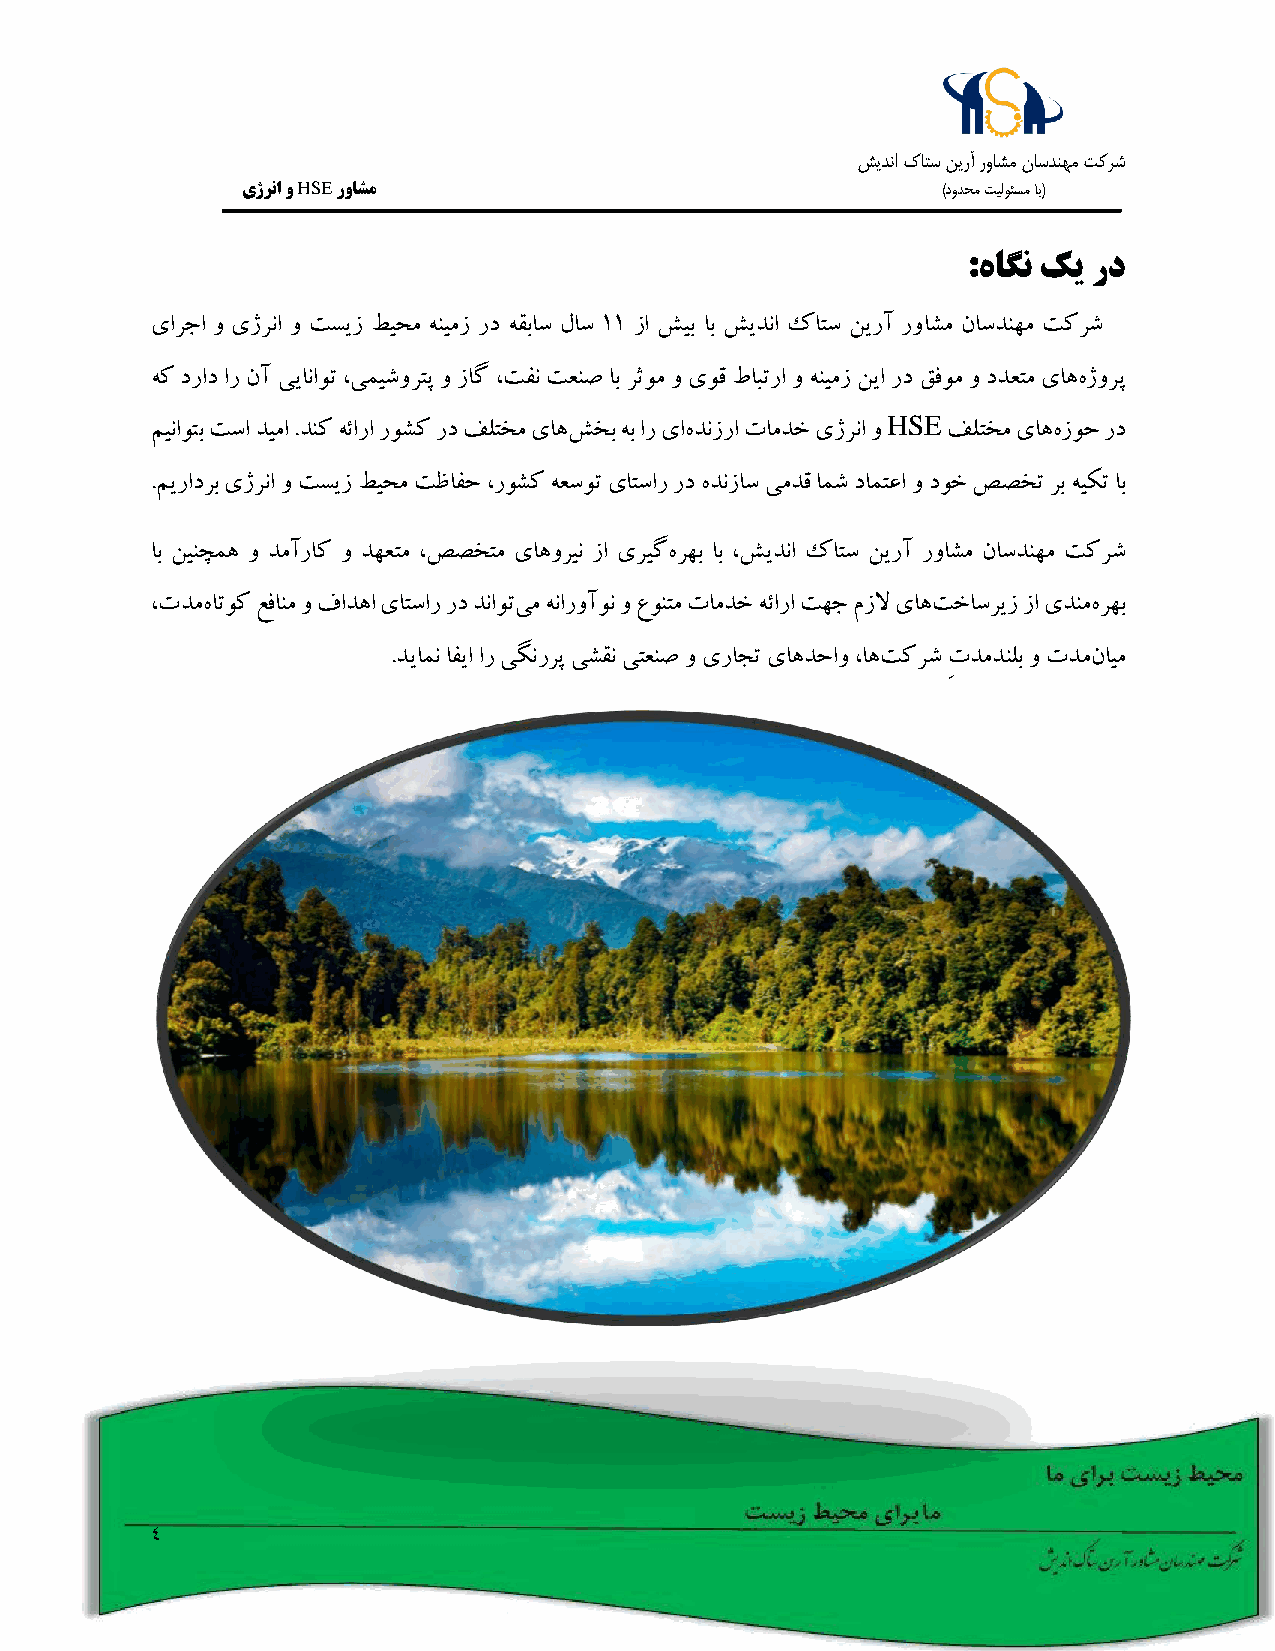
شيدنا كاتس نيرآ رواشم ناسدنهم تکرش
 یژرنا و HSE رواشم                             )دودحم تيلوئسم اب(
 :هاگن کی رد
 یارجا و یژرنا و تسیز طیحم هنیمز رد هقباس لاس 11 زا شیب اب شیدنا کاتس نیرآ رواشم ناسدنهم تکرش
 هک دراد ار نآ ییاناوت ،یمیشورتپ و زاگ ،تفن تعنص اب رثوم و یوق طابترا و هنیمز نیا رد قفوم و ددعتم یاههژورپ
 HSE
 میناوتب تسا دیما .دنک هئارا روشک رد فلتخم یاهشخب هب ار یاهدنزرا تامدخ یژرنا و فلتخم یاههزوح رد
 .میرادرب یژرنا و تسیز طیحم تظافح ،روشک هعسوت یاتسار رد هدنزاس یمدق امش دامتعا و دوخ صصخت رب هیکت اب
 اب نینچمه و دمآراک و دهعتم ،صصختم یاهورین زا یریگهرهب اب ،شیدنا کاتس نیرآ رواشم ناسدنهم تکرش
 ،تدمهاتوک عفانم و فادها یاتسار رد دناوتیم هناروآون و عونتم تامدخ هئارا تهج مزلا یاهتخاسریز زا یدنمهرهب
 .دیامن افیا ار یگنررپ یشقن یتعنص و یراجت یاهدحاو ،اهتکرش ِتدمدنلب و تدمنایم
 4